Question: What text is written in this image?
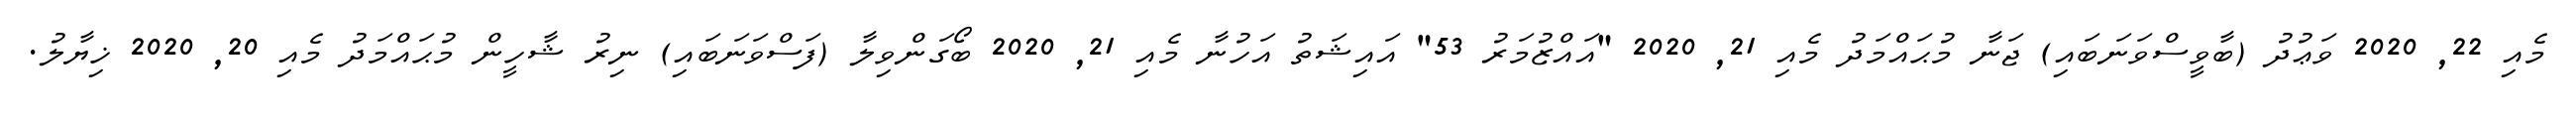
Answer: މެއި 22, 2020 ވަޢުދު (ބާވީސްވަނަބައި) ޖަނާ މުޙައްމަދު މެއި 21, 2020 "އައްޒުމަރު 53" އައިޝަތު އަހުނާ މެއި 21, 2020 ބޯގަންވިލާ (ފަސްވަނަބައި) ނިރު ޝާހީން މުޙައްމަދު މެއި 20, 2020 ޚިޔާލު.